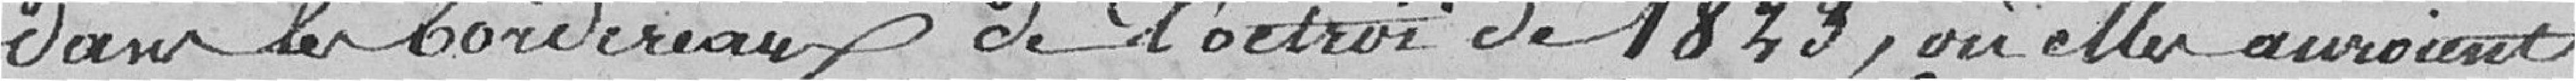
dans les bordereaux de l'octroi de 1823, où elles auraient